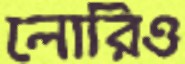
লোরিও